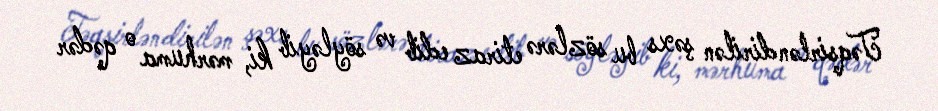
Təqsirləndirilən şəxs bu sözlərə etiraz edib və söyləyib ki, mərhuma o qədər